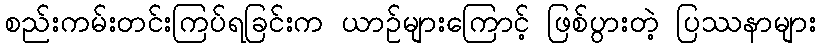
စည်းကမ်းတင်းကြပ်ရခြင်းက ယာဉ်များကြောင့် ဖြစ်ပွားတဲ့ ပြဿနာများ